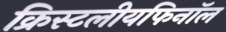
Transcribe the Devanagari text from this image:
क्रिस्टलीयफिनॉल